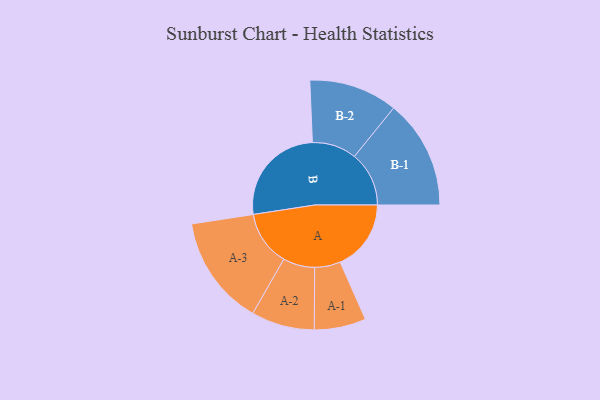
{"axis": {"x": "Segment", "y": "Value"}, "legend": ["", "A", "B"], "data": [{"x": "A", "y": 318, "type": ""}, {"x": "B", "y": 463, "type": ""}, {"x": "A-1", "y": 116, "type": "A"}, {"x": "A-2", "y": 142, "type": "A"}, {"x": "A-3", "y": 247, "type": "A"}, {"x": "B-1", "y": 245, "type": "B"}, {"x": "B-2", "y": 199, "type": "B"}]}